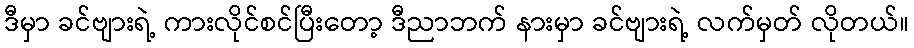
ဒီမှာ ခင်ဗျားရဲ့ ကားလိုင်စင်ပြီးတော့ ဒီညာဘက် နားမှာ ခင်ဗျားရဲ့ လက်မှတ် လိုတယ်။